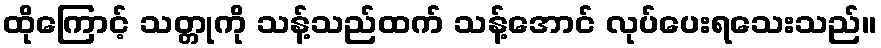
ထိုကြောင့် သတ္တုကို သန့်သည်ထက် သန့်အောင် လုပ်ပေးရသေးသည်။